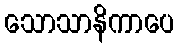
သောသာနိကာပေ